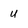
Character: u